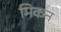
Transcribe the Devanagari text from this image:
मिकन